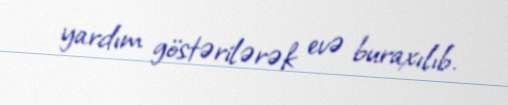
yardım göstərilərək evə buraxılıb.